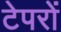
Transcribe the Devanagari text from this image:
टेपरों